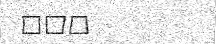
٢٥٠